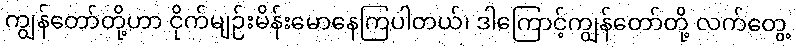
ကျွန်တော်တို့ဟာ ငိုက်မျဉ်းမိန်းမောနေကြပါတယ်၊ ဒါကြောင့်ကျွန်တော်တို့ လက်တွေ့